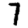
Digit: 7